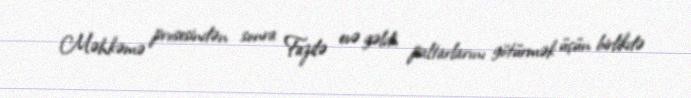
Məhkəmə prosesindən sonra Fazilə evə gəldi, paltarlarını götürmək üçün birlikdə